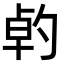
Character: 𠣳